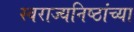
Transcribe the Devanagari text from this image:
स्वराज्यनिष्ठांच्या